Scottish Leaving Certificate Examination, 1957
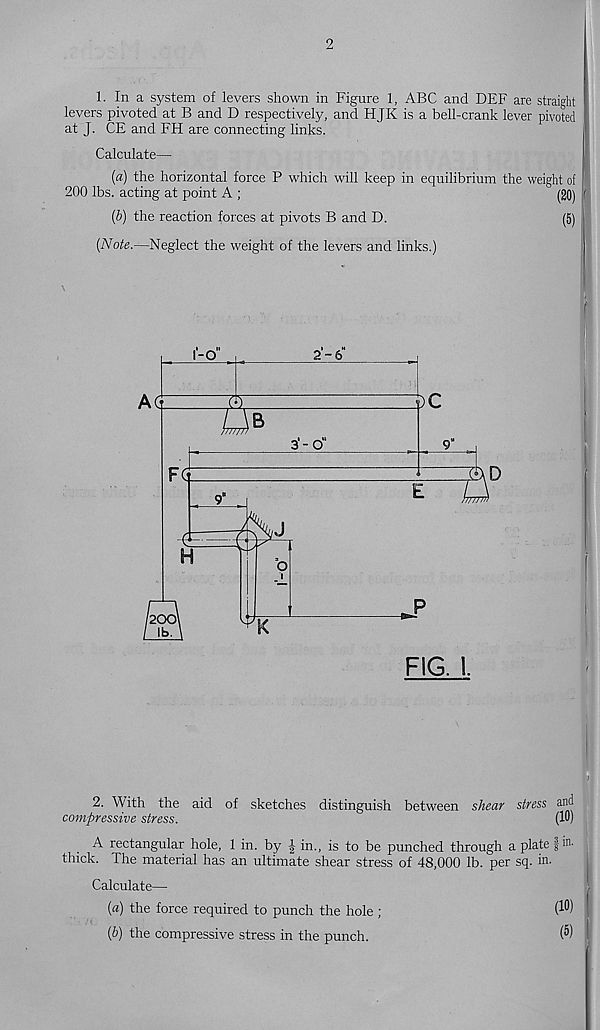
2
1. In a system of levers shown in Figure 1, ABC and DEF are straight
levers pivoted at B and D respectively, and HJK is a bell-crank lever pivoted
at J. CE and FH are connecting links.
Calculate—
(a) the horizontal force P which will keep in equilibrium the weight of :
200 lbs. acting at point A ;
(20) (
(b) the reaction forces at pivots B and D.
(5)
(Note.—Neglect the weight of the levers and links.)
2. With the aid of sketches distinguish between shear stress and
compressive stress.
(10)
A rectangular hole, 1 in. by J in., is to be punched through a plate fin-
thick. The material has an ultimate shear stress of 48,000 lb. per sq. in.
Calculate—
(a) the force required to punch the hole ;
(l 0 )
(b) the compressive stress in the punch.